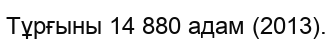
Тұрғыны 14 880 адам (2013).